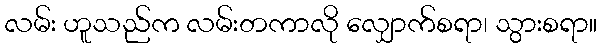
လမ်း ဟူသည်က လမ်းတကာလို လျှောက်စရာ၊ သွားစရာ။